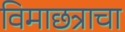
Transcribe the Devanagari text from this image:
विमाछत्राचा